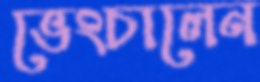
ভেংচালেন